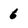
Character: 6